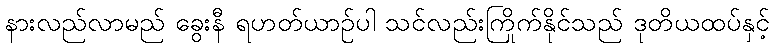
နားလည်လာမည် ခွေးနီ ရဟတ်ယာဉ်ပါ သင်လည်းကြိုက်နိုင်သည် ဒုတိယထပ်နှင့်